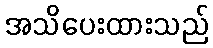
အသိပေးထားသည်